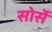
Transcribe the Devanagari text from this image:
सोर्से